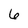
Character: 6